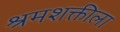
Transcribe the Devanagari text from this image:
श्रमशक्तीला